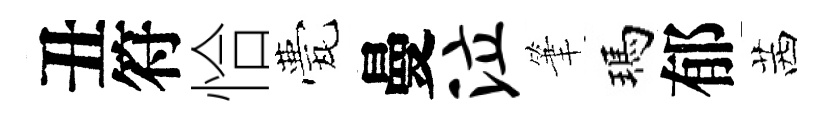
丑符恰甍曼泣筆瑪郁茜